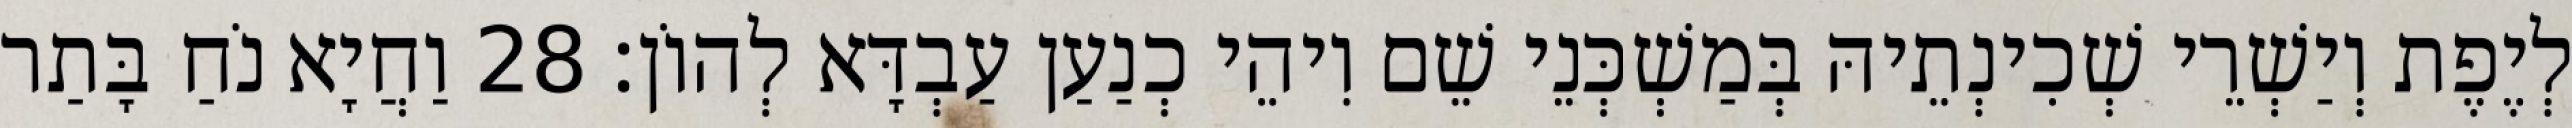
לְיֶפֶת וְיַשְׁרֵי שְׁכִינְתֵיהּ בְּמַשְׁכְּנֵי שֵׁם וִיהֵי כְנַעַן עַבְדָּא לְהוֹן׃ 28 וַחֲיָא נֹחַ בָּתַר